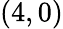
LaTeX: (4,0)